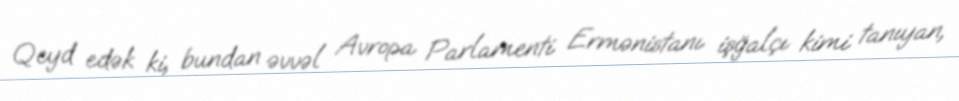
Qeyd edək ki, bundan əvvəl Avropa Parlamenti Ermənistanı işğalçı kimi tanıyan,